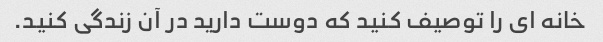
خانه ای را توصیف کنید که دوست دارید در آن زندگی کنید.